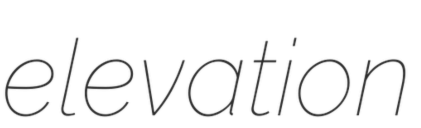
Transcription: elevation